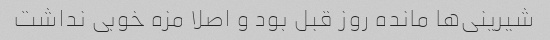
شیرینی‌ها مانده روز قبل بود و اصلا مزه خوبی نداشت